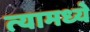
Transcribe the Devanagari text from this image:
त्‍यामध्‍ये